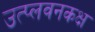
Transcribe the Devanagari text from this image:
उत्प्लवनकक्ष